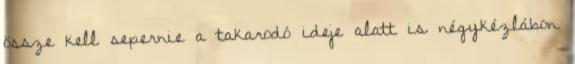
össze kell sepernie a takarodó ideje alatt is négykézlábon